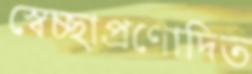
স্বেচ্ছাপ্রণোদিত